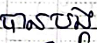
បានបង្ក